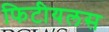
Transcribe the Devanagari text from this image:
फिटीयलस